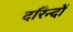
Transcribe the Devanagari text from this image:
दरिन्‍दों